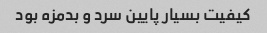
کیفیت بسیار پایین سرد و بدمزه بود